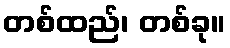
တစ်ထည်၊ တစ်ခု။